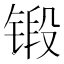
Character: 锻